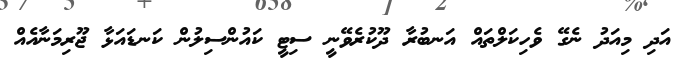
އަދި މިއަދު ނެގޭ ވެހިކަލްތައް އަނބުރާ ދޫކުރެވޭނީ ސިޓީ ކައުންސިލުން ކަނޑައަޅާ ޖޫރިމަނާއެއް